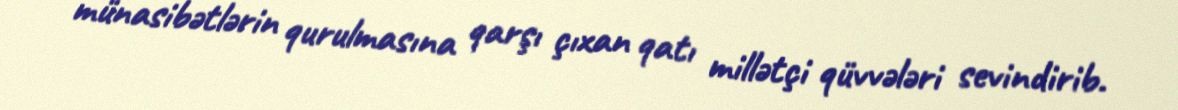
münasibətlərin qurulmasına qarşı çıxan qatı millətçi qüvvələri sevindirib.